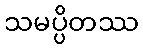
သမပ္ပိတဿ